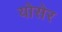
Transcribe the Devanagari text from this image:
योसेर